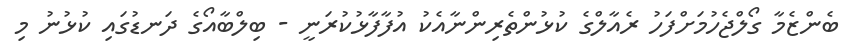
ބެންޒެމާ ގޯލްޖެހުމަށްފަހު ރެއާލްގެ ކުޅުންތެރިންނާއެކު އުފާފާޅުކުރަނީ - ބިލްބާއޯގެ ދަނޑުގައި ކުޅުނު މި